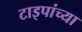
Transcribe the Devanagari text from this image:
टाइपांच्या